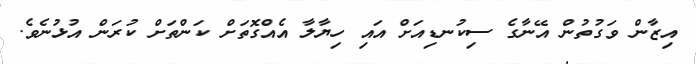
އިޒާން ވަގުތުން އޭނާގެ ސިކުނޑިއަށް އައި ހިޔާލާ އެއްގޮތަށް ކަންތަށް ކުރަން އުޅުނެވެ.